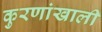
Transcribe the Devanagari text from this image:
कुरणांखाली